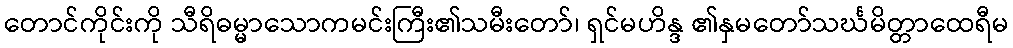
တောင်ကိုင်းကို သီရိဓမ္မာသောကမင်းကြီး၏သမီးတော်၊ ရှင်မဟိန္ဒ ၏နှမတော်သင်္ဃမိတ္တာထေရီမ